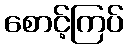
စောင့်ကြပ်